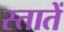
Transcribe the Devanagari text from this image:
स्तातें